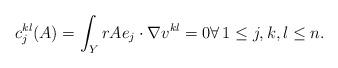
LaTeX: \begin{align*}c_j^{kl}(A) = \int_Y rAe_j\cdot \nabla v^{kl} = 0\forall\, 1\leq j,k,l\leq n.\end{align*}